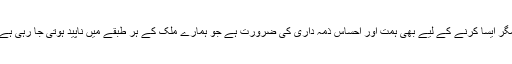
مگر ایسا کرنے کے لیے بھی ہمت اور احساسِ ذمہ داری کی ضرورت ہے جو ہمارے ملک کے ہر طبقے میں ناپید ہوتی جا رہی ہے۔